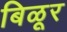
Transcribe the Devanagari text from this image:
बिळूर